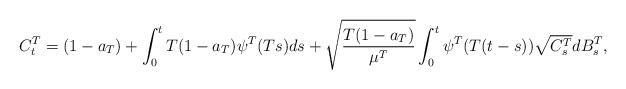
LaTeX: \begin{align*}C_t^T=(1-a_T)+\int_0^{t} T(1-a_T) \psi^T (Ts) ds+\sqrt{\frac{T(1-a_T)}{\mu^T}}\int_0^{t}\psi^T(T(t-s)) \sqrt{C_s^T}dB^T_s,\end{align*}